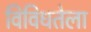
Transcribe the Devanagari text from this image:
विविधतेला